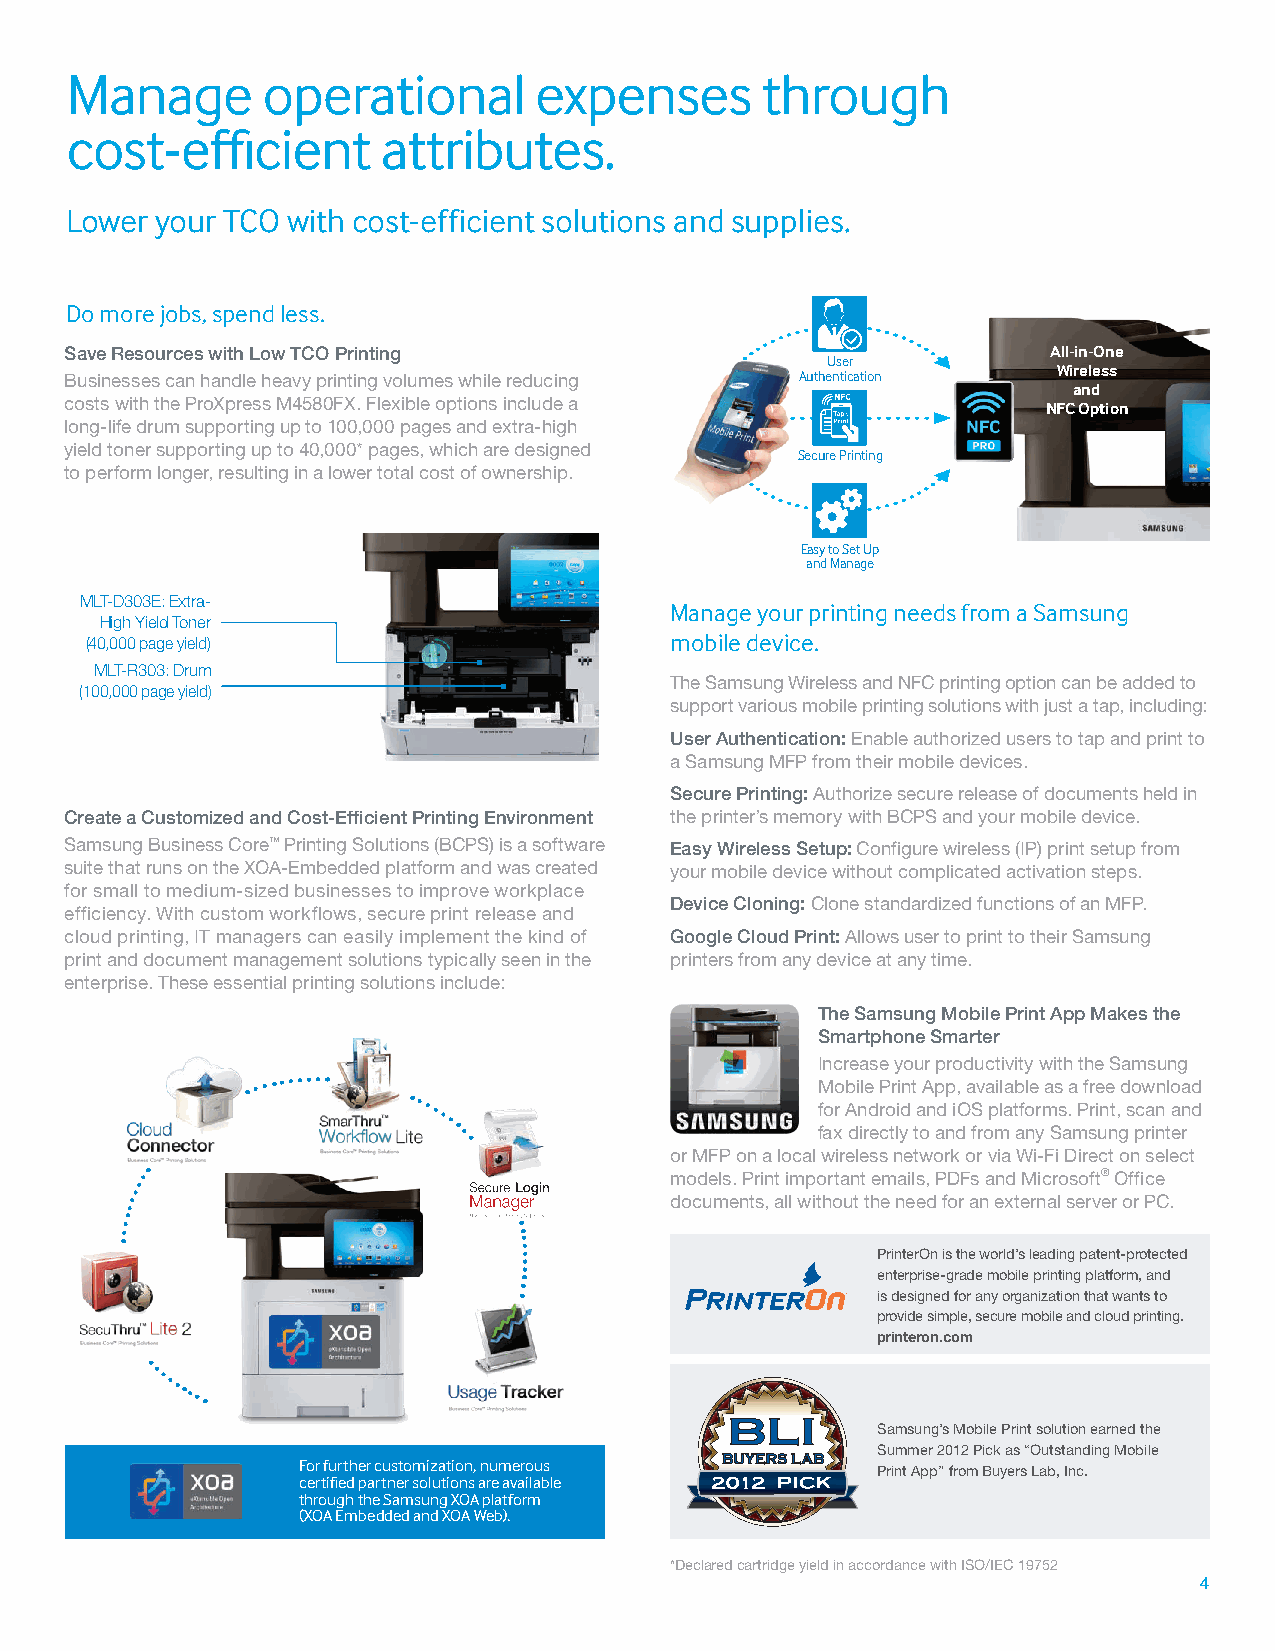
Manage       operational       expenses       through
 cost-efficient       attributes.
 Lower your TCO with cost-efficient solutions and supplies.
 Do more jobs, spend less.
 Save Resources with Low TCO Printing                              All-in-One
 User
 Businesses can handle heavy printing volumes while reducing Authentication Wireless
 and
 costs with the ProXpress M4580FX. Flexible options include a
 NFC Option
 long-life drum supporting up to 100,000 pages and extra-high
 yield toner supporting up to 40,000* pages, which are designed
 Secure Printing
 to perform longer, resulting in a lower total cost of ownership.
 Easy to Set Up
 and Manage
 MLT-D303E: Extra-
 Manage your printing needs from a Samsung
 High Yield Toner
 (40,000 page yield)                   mobile device.
 MLT-R303: Drum
 The Samsung Wireless and NFC printing option can be added to
 (100,000 page yield)
 support various mobile printing solutions with just a tap, including:
 User Authentication: Enable authorized users to tap and print to
 a Samsung MFP from their mobile devices.
 Secure Printing: Authorize secure release of documents held in
 Create a Customized and Cost-Efficient Printing Environment the printer’s memory with BCPS and your mobile device.
 Samsung Business Core™ Printing Solutions (BCPS) is a software Easy Wireless Setup: Configure wireless (IP) print setup from
 suite that runs on the XOA-Embedded platform and was created your mobile device without complicated activation steps.
 for small to medium-sized businesses to improve workplace
 Device Cloning: Clone standardized functions of an MFP.
 efficiency. With custom workflows, secure print release and
 cloud printing, IT managers can easily implement the kind of Google Cloud Print: Allows user to print to their Samsung
 print and document management solutions typically seen in the printers from any device at any time.
 enterprise. These essential printing solutions include:
 The Samsung Mobile Print App Makes the
 Smartphone Smarter
 Increase your productivity with the Samsung
 Mobile Print App, available as a free download
 for Android and iOS platforms. Print, scan and
 fax directly to and from any Samsung printer
 or MFP on a local wireless network or via Wi-Fi Direct on select
 models. Print important emails, PDFs and Microsoft® Office
 documents, all without the need for an external server or PC.
 PrinterOn is the world’s leading patent-protected
 enterprise-grade mobile printing platform, and
 is designed for any organization that wants to
 provide simple, secure mobile and cloud printing.
 printeron.com
 Samsung’s Mobile Print solution earned the
 Summer 2012 Pick as “Outstanding Mobile
 For further customization, numerous   Print App” from Buyers Lab, Inc.
 certified partner solutions are available
 through the Samsung XOA platform
 (XOA Embedded and XOA Web).
 *Declared cartridge yield in accordance with ISO/IEC 19752
 4